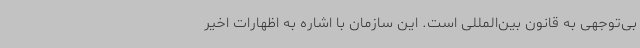
بی‌توجهی به قانون بین‌المللی است. این سازمان با اشاره به اظهارات اخیر